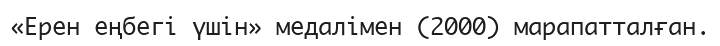
«Ерен еңбегі үшін» медалімен (2000) марапатталған.